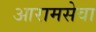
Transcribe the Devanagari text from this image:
आरामसेवा